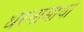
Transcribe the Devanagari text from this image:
धरनामाथा